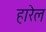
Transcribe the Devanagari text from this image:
हारेल